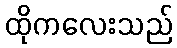
ထိုကလေးသည်